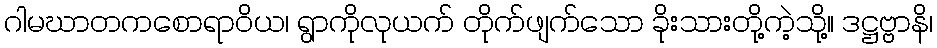
ဂါမဃာတကစောရာဝိယ၊ ရွာကိုလုယက် တိုက်ဖျက်သော ခိုးသားတို့ကဲ့သို့။ ဒဋ္ဌဗ္ဗာနိ၊